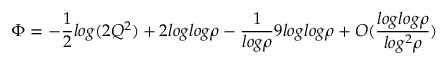
\Phi = - \frac { 1 } { 2 } l o g ( 2 Q ^ { 2 } ) + 2 l o g l o g \rho - \frac { 1 } { l o g \rho } 9 l o g l o g \rho + O ( \frac { l o g l o g \rho } { l o g ^ { 2 } \rho } )